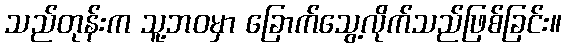
သည်တုန်းက သူ့ဘဝမှာ ခြောက်သွေ့လိုက်သည်ဖြစ်ခြင်း။